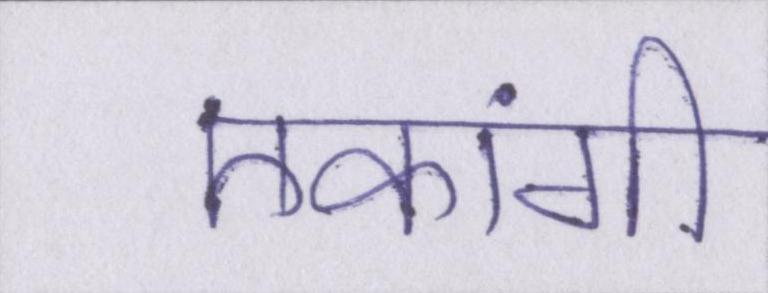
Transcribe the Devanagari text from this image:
एकांगी